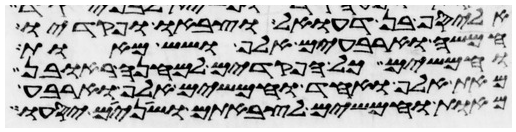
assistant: אליסף בן דעואל וצבאו ופקדיו
חמשה וארבעים אלף ושש מאות
וחמשים כל הפקדים למחנה ראובן
מאת אלף ואחד וחמשים אלף וארבע
מאות וחמשים לצבאתם ושנים יסעו